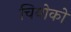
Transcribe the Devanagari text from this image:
चियोको